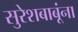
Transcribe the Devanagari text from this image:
सुरेशबाबूंना